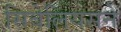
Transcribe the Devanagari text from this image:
सिबेलियसने